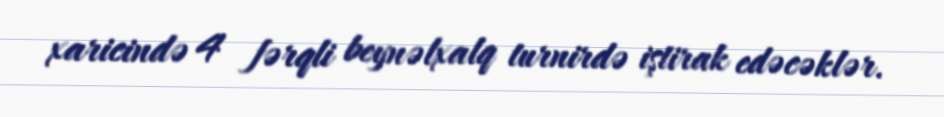
xaricində 4 fərqli beynəlxalq turnirdə iştirak edəcəklər.